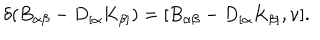
LaTeX: \delta ( B _ { \alpha \beta } - D _ { [ \alpha } K _ { \beta ] } ) = [ B _ { \alpha \beta } - D _ { [ \alpha } K _ { \beta ] } , \nu ] .